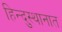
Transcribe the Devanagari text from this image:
हिन्दुस्थानात